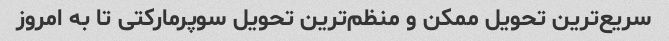
سریع‌ترین تحویل ممکن و منظم‌ترین تحویل سوپرمارکتی تا به امروز